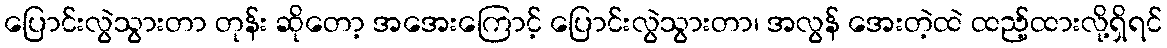
ပြောင်းလွဲသွားတာ တုန်း ဆိုတော့ အအေးကြောင့် ပြောင်းလွဲသွားတာ၊ အလွန် အေးတဲ့ထဲ ထည့်ထားလို့ရှိရင်